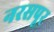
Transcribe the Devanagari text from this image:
नरसपूर